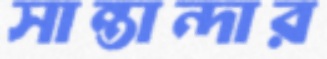
সান্তান্দার